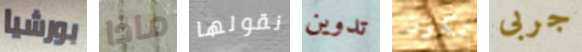
بورشيا ماذا نقولها تدوين تكون جربى